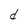
Character: d